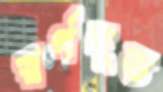
স্বর্গদূত